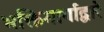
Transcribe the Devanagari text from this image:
भक्तिमार्गाद्वारे